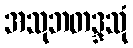
အသုဘတဒ္ဒသုံ